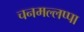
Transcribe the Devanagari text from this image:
चनमल्लप्पा